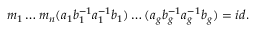
m _ { 1 } \ldots m _ { n } ( a _ { 1 } b _ { 1 } ^ { - 1 } a _ { 1 } ^ { - 1 } b _ { 1 } ) \ldots ( a _ { g } b _ { g } ^ { - 1 } a _ { g } ^ { - 1 } b _ { g } ) = i d .